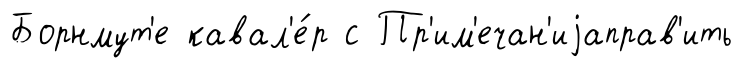
Борнмут'е кавал'е́р с Пр'им'ечан'иjаправ'ить